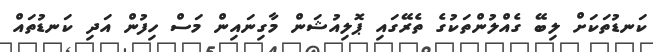
ކަނޑުތަކަށް ލިބޭ ގެއްލުންތަކުގެ ތެރޭގައި ޕޮލިއުޝަން މާގިނައިން މަސް ހިފުން އަދި ކަނޑުތައް